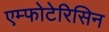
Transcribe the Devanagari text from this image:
एम्फोटेरिसिन